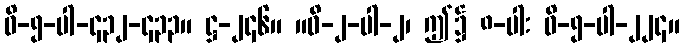
ဝိ-၅-ပါ-၄၃၂-၄၃၃။ ဋ္ဌ-၂၄၆။ ။ဝိ-၂-ပါ-၂၊ ဤ၌ ၈-ပါး ဝိ-၅-ပါ-၂၂၄။